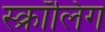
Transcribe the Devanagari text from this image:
स्क्रॉलिंग